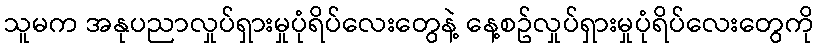
သူမက အနုပညာလှုပ်ရှားမှုပုံရိပ်လေးတွေနဲ့ နေ့စဥ်လှုပ်ရှားမှုပုံရိပ်လေးတွေကို